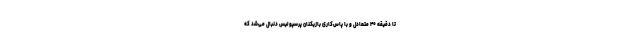
تا دقیقه ۴۰ متعادل و با پاس‌کاری بازیکنان پرسپولیس دنبال می‌شد که